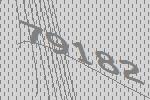
79182